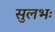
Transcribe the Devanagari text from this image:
सुलभः